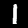
Label: 1